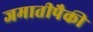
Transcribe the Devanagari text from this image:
जमातीपैकी